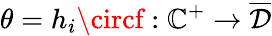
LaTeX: \theta=h_{i}\circf:\mathbb{C}^{+}\rightarrow\overline{{{\mathcal{{D}}}}}